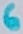
Text: 6